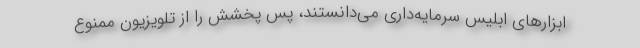
ابزارهای ابلیس سرمایه‌داری می‌دانستند، پس پخشش را از تلویزیون ممنوع